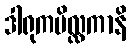
ဒါရုကပိလ္လကာနိ